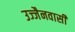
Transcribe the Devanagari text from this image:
उज्जैनवासी